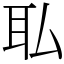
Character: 𫟉